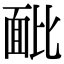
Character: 䩃